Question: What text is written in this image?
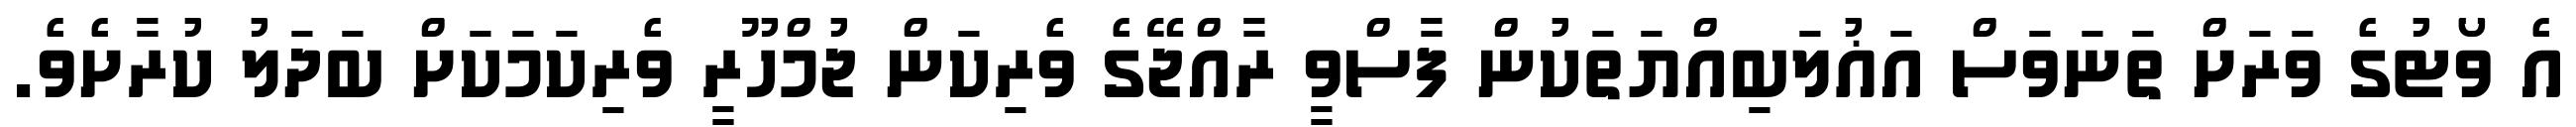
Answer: އެ ވޯޓުގެ ވަރަށް ތަނަވަސް އަޣުލަބިއްޔަތަކުން ފާސްވީ ރާއްޖޭގެ ވެރިކަން ޖުމްހޫރީ ވެރިކަމަކަށް ބަދަލު ކުރާށެވެ.